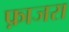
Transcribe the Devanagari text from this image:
फ़ाजरा